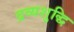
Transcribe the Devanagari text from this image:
द्रव्यशुद्धि